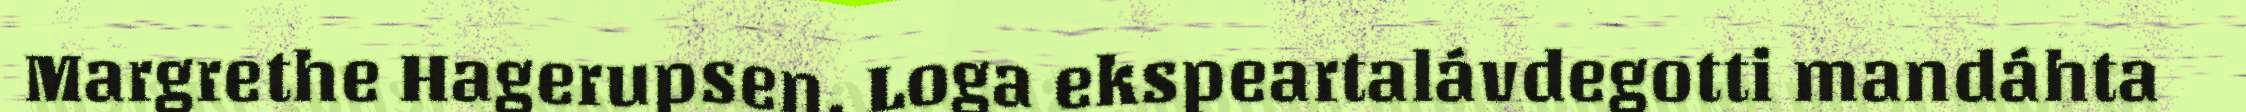
Margrethe Hagerupsen. Loga ekspeartalávdegotti mandáhta